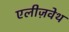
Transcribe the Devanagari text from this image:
एलीज़वेथ